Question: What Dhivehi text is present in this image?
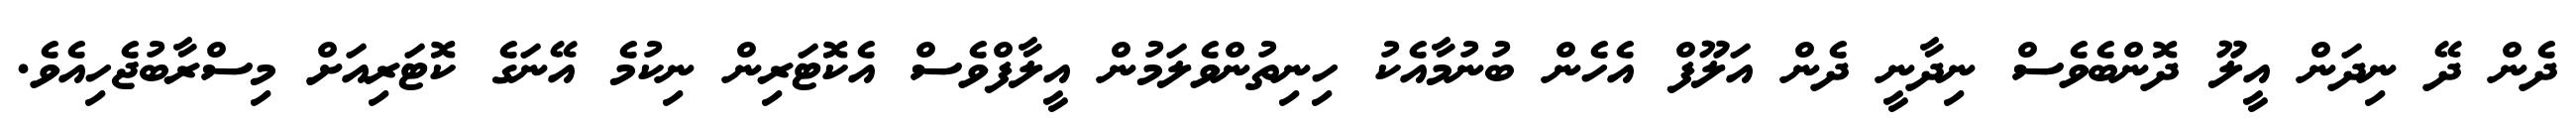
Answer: ދެން ދޭ ނިދަން އީލޫ ދޮންބެވެސް ނިދާނީ ދެން އަލޫފް އެހެން ބުނުމާއެކު ހިނިތުންވެލަމުން އީލާފްވެސް އެކޮޓަރިން ނިކުމެ އޭނަގެ ކޮޓަރިއަށް މިސްރާބުޖެހިއެވެ.